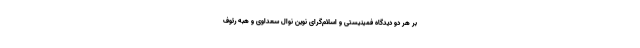
بر هر دو دیدگاه فمینیستی و اسلام‌گرای نوین نوال سعداوی و هبه رئوف